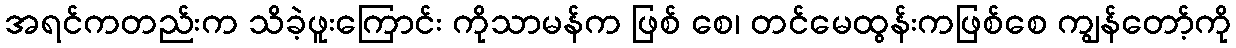
အရင်ကတည်းက သိခဲ့ဖူးကြောင်း ကိုသာမန်က ဖြစ် စေ၊ တင်မေထွန်းကဖြစ်စေ ကျွန်တော့်ကို